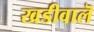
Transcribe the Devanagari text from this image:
खडीवालॆ